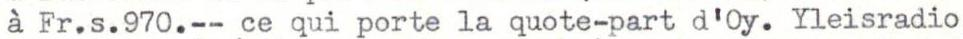
à Fr.s.970.-- ce qui porte la quote-part d'Oy. Yleisradio